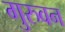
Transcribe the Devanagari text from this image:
गुरुवन